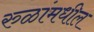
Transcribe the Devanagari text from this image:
रुळांमधील